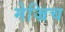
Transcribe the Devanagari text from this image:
मेज्रिच